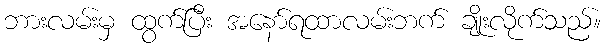
ဘားလမ်းမှ ထွက်ပြီး အနော်ရထာလမ်းဘက် ချိုးလိုက်သည်။